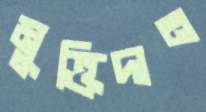
মুক্তিদান